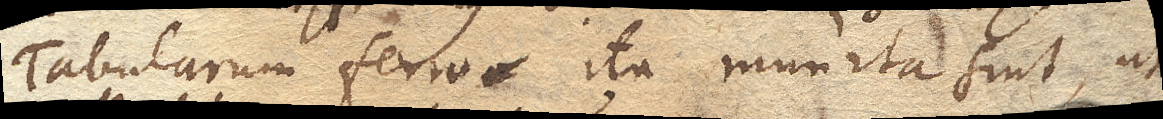
Tabularum ferro ita munita sint, ut